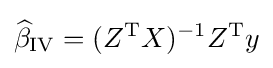
{\widehat {\beta }}_{\mathrm {IV} }=(Z^{\mathrm {T} }X)^{-1}Z^{\mathrm {T} }y